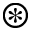
\circledast